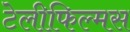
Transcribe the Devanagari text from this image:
टेलीफिल्मस